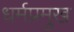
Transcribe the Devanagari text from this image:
धर्मप्रमुख